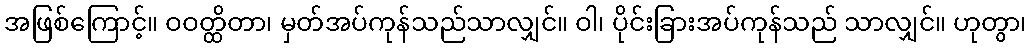
အဖြစ်ကြောင့်။ ဝဝတ္ထိတာ၊ မှတ်အပ်ကုန်သည်သာလျှင်။ ဝါ၊ ပိုင်းခြားအပ်ကုန်သည် သာလျှင်။ ဟုတွာ၊